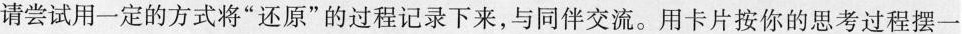
请尝试用一定的方式将”还原”的过程记录下来，与同伴交流。用卡片按你的思考过程摆一